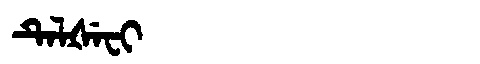
Manchu: ᡨᡝᠯᡧᡝᠸᡳ
Romanization: TELŠEFI